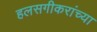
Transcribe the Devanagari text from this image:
हलसगीकरांच्या